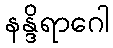
နန္ဒိရာဂေါ